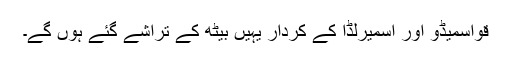
قواسمیڈو اور اسمیرلڈا کے کردار یہیں بیٹھ کے تراشے گئے ہوں گے۔